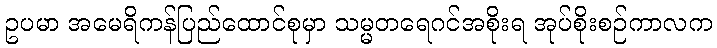
ဥပမာ အမေရိကန်ပြည်ထောင်စုမှာ သမ္မတရေဂင်အစိုးရ အုပ်စိုးစဉ်ကာလက